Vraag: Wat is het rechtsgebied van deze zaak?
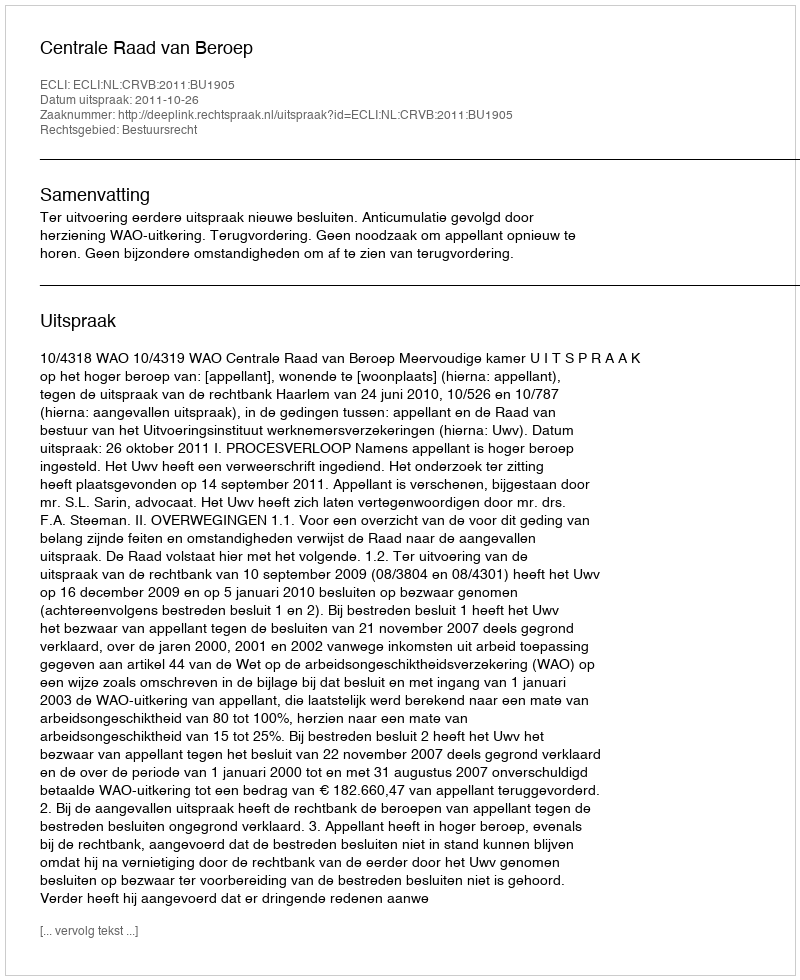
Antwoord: Bestuursrecht